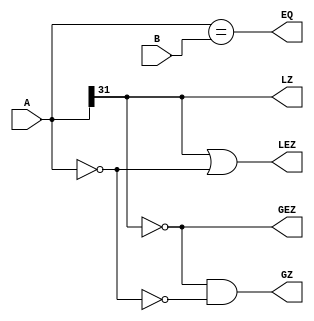
module Compare(
    input  [31:0] A,
    input  [31:0] B,
    output EQ,
    output GZ,
    output LZ,
    output GEZ,
    output LEZ
    );

    wire   ZeroA = (A == 32'b0);

    assign EQ  = ( A == B);
    assign GZ  = (~A[31] & ~ZeroA);
    assign LZ  =   A[31];
    assign GEZ =  ~A[31];
    assign LEZ = ( A[31] |  ZeroA);

endmodule